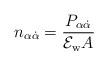
LaTeX: \begin{align*}n_{\alpha\dot\alpha}= \frac {P_{\alpha\dot\alpha}}{{\cal E}_{\rm w} A}\end{align*}